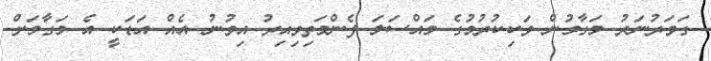
ގަވަރުނަރު މަގާމުން ވަކިކުރުމުގެ މައްސަލަ ފެންމަތިވިއިރު އިވުނު އެއް އަޑަކީ އެ މަގާމަށް